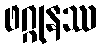
ဖဂ္ဂုနဿ